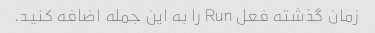
زمان گذشته فعل Run را به این جمله اضافه کنید.